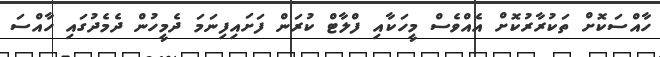
ހާއްސަކޮށް ތަކުރާރުކޮށް އެއްވެސް މީހަކާއި ފްލާޓް ކުރަން ފަށައިފިނަމަ ދެމީހުން ދެމެދުގައި ހާއްސަ